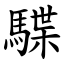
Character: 䮜